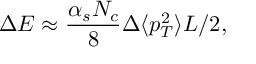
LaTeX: \Delta E \approx { \frac { \alpha _ { s } N _ { c } } { 8 } } \Delta \langle p _ { T } ^ { 2 } \rangle L / 2 ,